Leaving Certificate Examination (including Day School Certificate (Higher) General paper), 1930
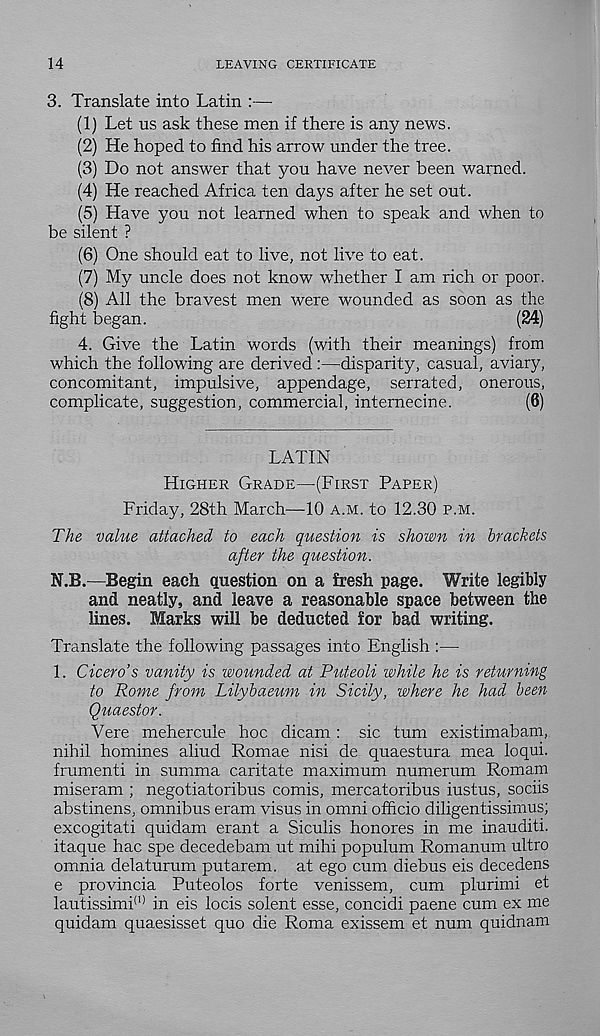
14
LEAVING CERTIFICATE
3. Translate into Latin :—
(1) Let us ask these men if there is any news.
(2) He hoped to find his arrow under the tree.
(3) Do not answer that you have never been warned.
(4) He reached Africa ten days after he set out.
(5) Have you not learned when to speak and when to
be silent ?
(6) One should eat to live, not live to eat.
(7) My uncle does not know whether I am rich or poor.
(8) All the bravest men were wounded as soon as the
fight began.
(24)
4. Give the Latin words (with their meanings) from
which the following are derived:—disparity, casual, aviary,
concomitant, impulsive, appendage, serrated, onerous,
complicate, suggestion, commercial, internecine.
(6)
LATIN
HIGHER GRADE—(FIRST PAPER)
Friday, 28th March—10 A.M. to 12.30 P.M.
The value attached to each question is shown in brackets
after the question.
N.B.—Begin each question on a fresh page. Write legibly
and neatly, and leave a reasonable space between the
lines. Marks will be deducted for bad writing.
Translate the following passages into English :—
1. Cicero’s vanity is wounded at Puteoli while he is returning
to Rome from Lilybaeum in Sicily, where he had been
Quaestor.
Vere mehercule hoc dicam: sic turn existimabam,
nihil homines aliud Romae nisi de quaestura mea loqui.
frumenti in summa caritate maximum numerum Romam
miseram ; negotiatoribus comis, mercatoribus iustus, sociis
abstinens, omnibus eram visus in omni officio diligentissimus;
excogitati quidam erant a Siculis honores in me inauditi.
itaque hac spe decedebam ut mihi populum Romanum ultro
omnia delaturum putarem. at ego cum diebus eis decedens
e provincia Puteolos forte venissem, cum plurimi et
lautissimi (,) in eis locis solent esse, concidi paene cum ex me
quidam quaesisset quo die Roma exissem et num quidnam